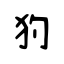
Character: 犳